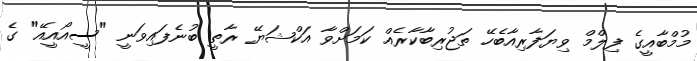
މުމްބާއީގެ ފިލްމް ވިޔަފާރިއާބެހޭ ތަޖުރިބާކާރެއް ކަމަށްވާ އަކްޝަޔޭ ރާތީ ބުނެފައިވަނީ "ސީއޯއީއޭ" ގެ